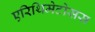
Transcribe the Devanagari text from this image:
एरिथिमेटोसस